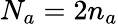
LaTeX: N_{a}=2n_{a}